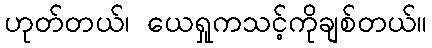
ဟုတ်တယ်၊ ယေရှုကသင့်ကိုချစ်တယ်။